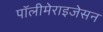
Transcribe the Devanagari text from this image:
पॉलीमेराइजेसन